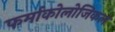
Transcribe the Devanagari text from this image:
फर्माकोलोजिकल